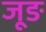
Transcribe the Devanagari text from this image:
जूङ